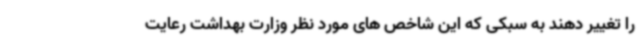
را تغییر دهند به سبکی که این شاخص های مورد نظر وزارت بهداشت رعایت